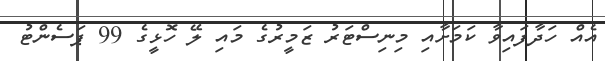
އެއް ހަދާފައިވާ ކަމަށާއި މިނިސްޓަރު ޒަމީރުގެ މައި ލޭ ހޮޅީގެ 99 ޕަސެންޓު